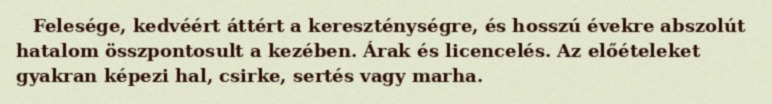
Felesége, kedvéért áttért a kereszténységre, és hosszú évekre abszolút hatalom összpontosult a kezében. Árak és licencelés. Az előételeket gyakran képezi hal, csirke, sertés vagy marha.